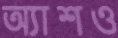
অ্যাশও